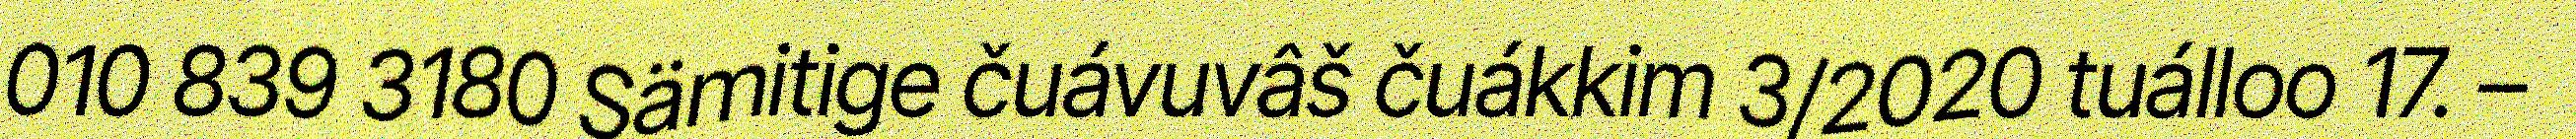
010 839 3180 Sämitige čuávuvâš čuákkim 3/2020 tuálloo 17. –